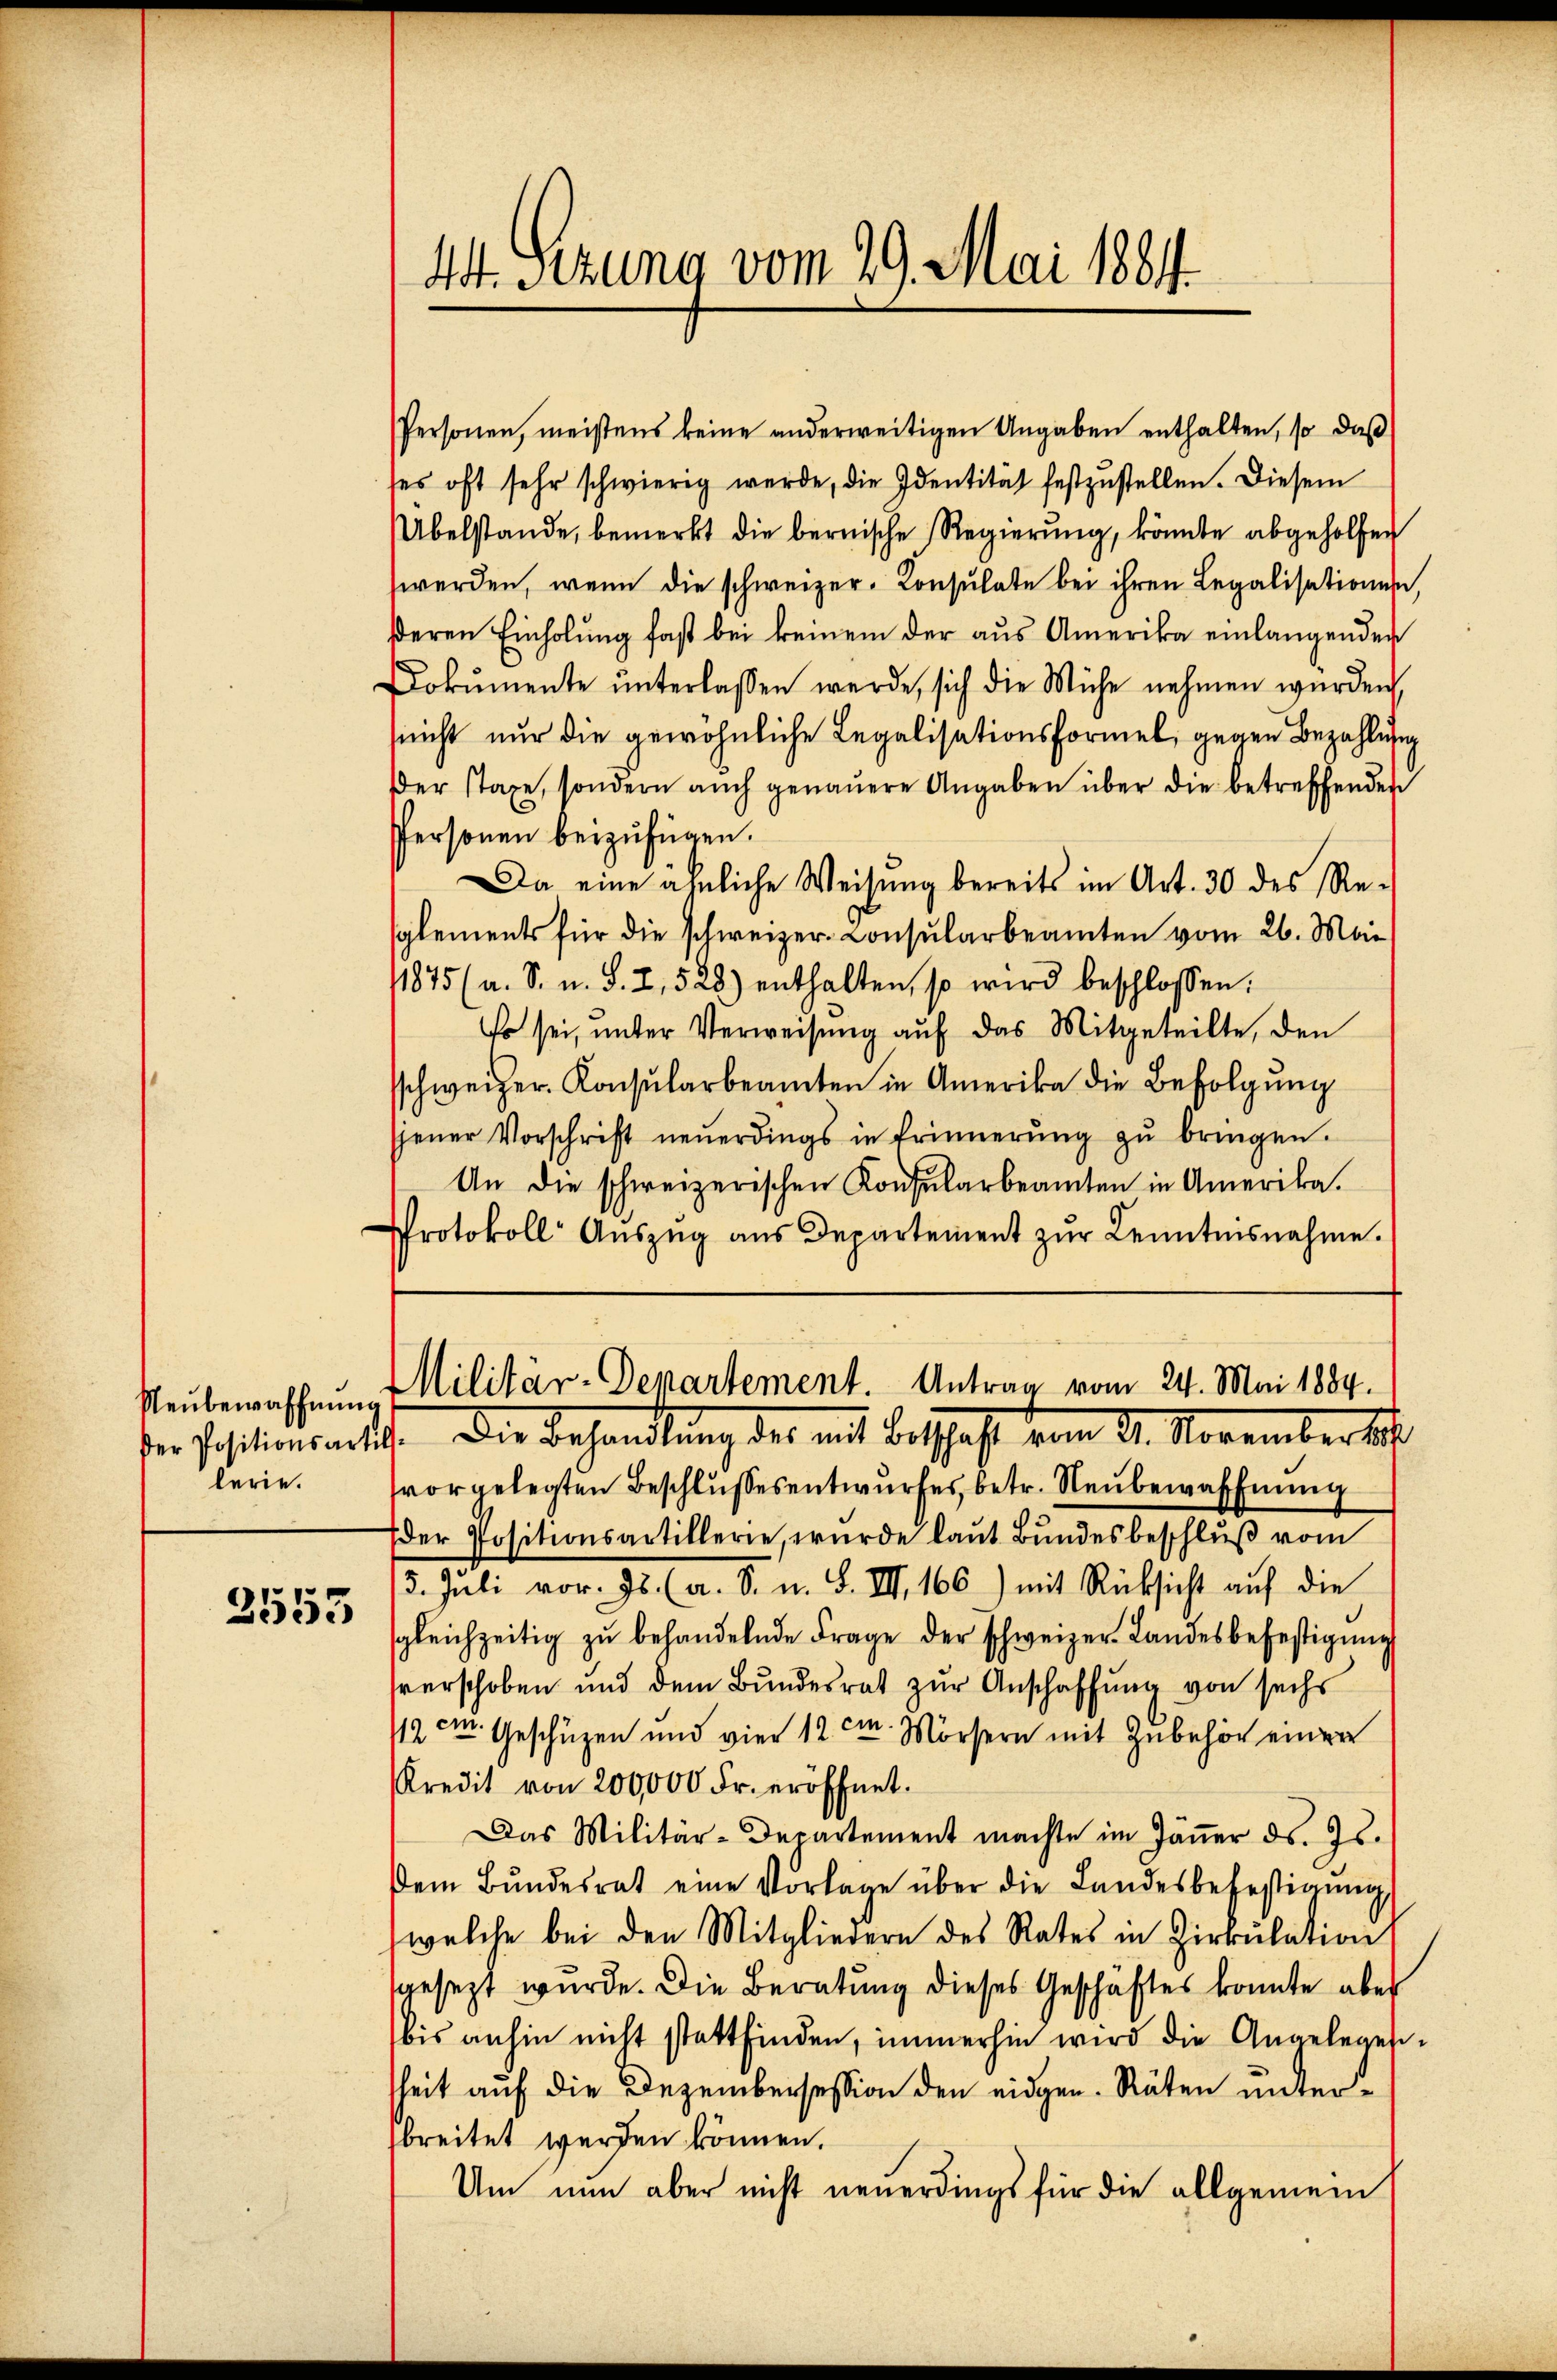
3553

Neubewaffnung
lerie.

44. Sezung vom 29. Mai 1884.

Personen, meistens keine anderweitigen Angaben enthalten, so daß
ses oft sehr schwierig werde, die Identität festzŭstellen. Diesem
Übelstande, bemerkt die bernische Regierŭng, könnte abgeholfen
werden, wenn die schweizer-Konsulate bei ihren Legalisationen,
deren Einholung fast bei keinem der aus Amerika einlangenden
Dokumente ŭnterlassen werde, sich die Mühe nehmen wurden
(nicht nur die gewöhnliche Legalisationsformel, gegen Bezahlung
der staxe, sondern aŭch genaŭere Angaben über die betreffenden
Personen beizufügen.
Da eine ähnliche Weisung bereits im Art. 30 des Re-
splements für die schweizer-Consularbeamten vom 26. Mai
11875 (a. S. u. S. 7, 528) enthalten, so wird beschlossen:
Er sei, unter Verweisŭng aŭf das Mitgeteilte, den
sschweizer-Konsŭlarbeamten in Amerika die Befolgŭng
jener Vorschrift neŭerdings in Erinnerŭng zŭ bringen.
An die schweizerischen Konsularbeamten in Amerika.
Protokoll Aŭszŭg ans Departement zŭr Kenntnisnahme.
Militär-Departement. Antrag vom 24. Mai 1884.
der Positionsartete. Die Behandlung des mit Beschaft vom 21. November d
vorgelegten Beschlussesentwurfes, betr. Neubewaffnung
der Positionsartillerie, wurde laŭt Bŭndesbeschlŭβ vom
5. Juli vor. 95. (a. S. u. S. VIII 166) mit Rücksicht auf die
sgleichzeitig zŭ behandelnde Frage der schweizer-Landesbefestigung
verschoben und dem Bundesrat zur Anschaffung von sechs
112 im Geschüzen und vier 12 cm. Mörsern mit Zubehör einer
Kredit von 200,000 Fr. eröffnet.
Das Militär-Departement machte im Jäṅer ds. Js.
dem Bŭndesrat eine Vorlage über die Landesbefestigŭng
(welche bei den Mitgliedern des Rates in Zirkŭlation
gesezt wurde. Die Beratung dieses Geschäftes konnte aber
bis anhin nicht stattfinden, immerhin wird die Angelegensheit auf die Dezembersession den eidgen. Räten untersbreitet werden können.
Um nun aber nicht neuerdings für die allgemein